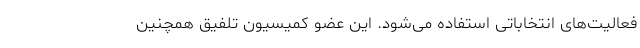
فعالیت‌های انتخاباتی استفاده می‌شود. این عضو کمیسیون تلفیق همچنین